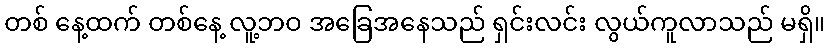
တစ် နေ့ထက် တစ်နေ့ လူ့ဘဝ အခြေအနေသည် ရှင်းလင်း လွယ်ကူလာသည် မရှိ။